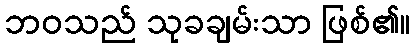
ဘဝသည် သုခချမ်းသာ ဖြစ်၏။